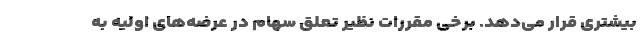
بیشتری قرار می‌دهد. برخی مقررات نظیر تعلق سهام در عرضه‌های اولیه به